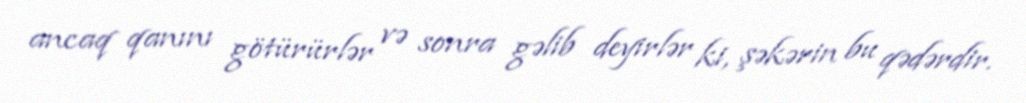
ancaq qanını götürürlər və sonra gəlib deyirlər ki, şəkərin bu qədərdir.